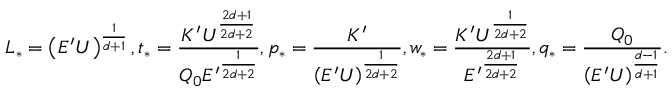
L _ { * } = \left( E ^ { \prime } U \right) ^ { \frac { 1 } { d + 1 } } , t _ { * } = \frac { K ^ { \prime } U ^ { \frac { 2 d + 1 } { 2 d + 2 } } } { Q _ { 0 } { E ^ { \prime } } ^ { \frac { 1 } { 2 d + 2 } } } , p _ { * } = \frac { K ^ { \prime } } { \left( E ^ { \prime } U \right) ^ { \frac { 1 } { 2 d + 2 } } } , w _ { * } = \frac { K ^ { \prime } U ^ { \frac { 1 } { 2 d + 2 } } } { { E ^ { \prime } } ^ { \frac { 2 d + 1 } { 2 d + 2 } } } , q _ { * } = \frac { Q _ { 0 } } { \left( E ^ { \prime } U \right) ^ { \frac { d - 1 } { d + 1 } } } .